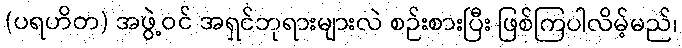
(ပရဟိတ) အဖွဲ့ဝင် အရှင်ဘုရားများလဲ စဉ်းစားပြီး ဖြစ်ကြပါလိမ့်မည်၊